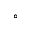
^ { \circ }